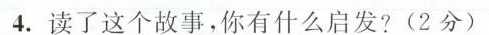
4.读了这个故事，你有什么启发?(2分)